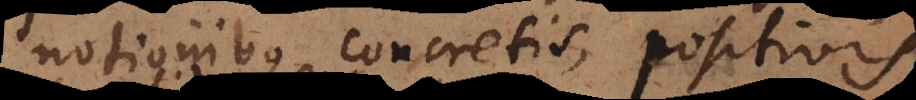
notionibus concretis, positivis